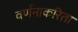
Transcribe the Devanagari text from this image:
वर्णनाकरिता